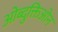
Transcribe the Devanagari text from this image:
ओब्दुक्तिओन